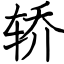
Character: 轿